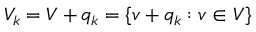
V _ { k } = V + q _ { k } = \{ v + q _ { k } : v \in V \}